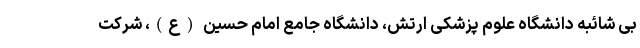
بی شائبه دانشگاه علوم پزشکی ارتش، دانشگاه جامع امام حسین (ع)، شرکت